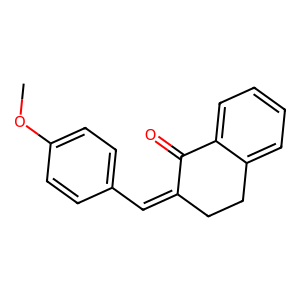
SMILES: COc1ccc(C=C2CCc3ccccc3C2=O)cc1
Inhibits HIV replication: No